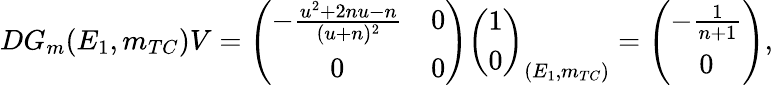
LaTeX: DG_{m}(E_{1},m_{TC})V=\left(\begin{array}{cc}{-\frac{u^{2}+2nu-n}{(u+n)^{2}}}&{0}\\ {0}&{0}\end{array}\right)\left(\begin{array}{c}{1}\\ {0}\end{array}\right)_{(E_{1},m_{TC})}=\left(\begin{array}{c}{-\frac{1}{n+1}}\\ {0}\end{array}\right),